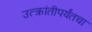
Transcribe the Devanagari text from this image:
उत्क्रांतीपर्यंतचा